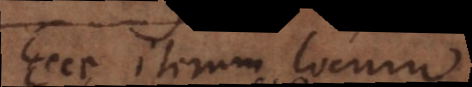
Ecce iterum locum